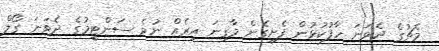
މެޗުގެ ދެވަނަ ހާފުކުޅުން ފެށިގެން މާގިނަ އިރެއް ނުވެ ސަންޓީމުގެ ދެވަނަ ގޯލް